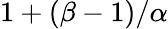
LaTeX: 1+(\beta-1)/\alpha